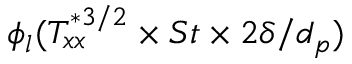
\phi _ { l } ( T _ { x x } ^ { * 3 / 2 } \times S t \times 2 \delta / d _ { p } )